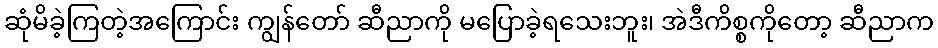
ဆုံမိခဲ့ကြတဲ့အကြောင်း ကျွန်တော် ဆီညာကို မပြောခဲ့ရသေးဘူး၊ အဲဒီကိစ္စကိုတော့ ဆီညာက